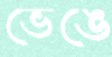
ভেঙে